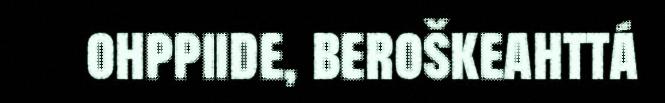
ohppiide, beroškeahttá